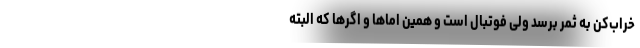
خراب‌کن به ثمر برسد ولی فوتبال است و همین اماها و اگرها که البته